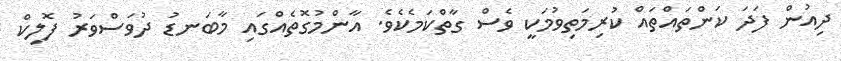
ދިއުން ފަދަ ކަންތައްތައް ކުރިމަތިވުމަކީ ވެސް ގާތްކަމެކެވެ. އާންމުގޮތެއްގައި މާބަނޑު ދުވަސްވަރު ފޮލިކް